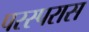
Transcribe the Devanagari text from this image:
परस्परास